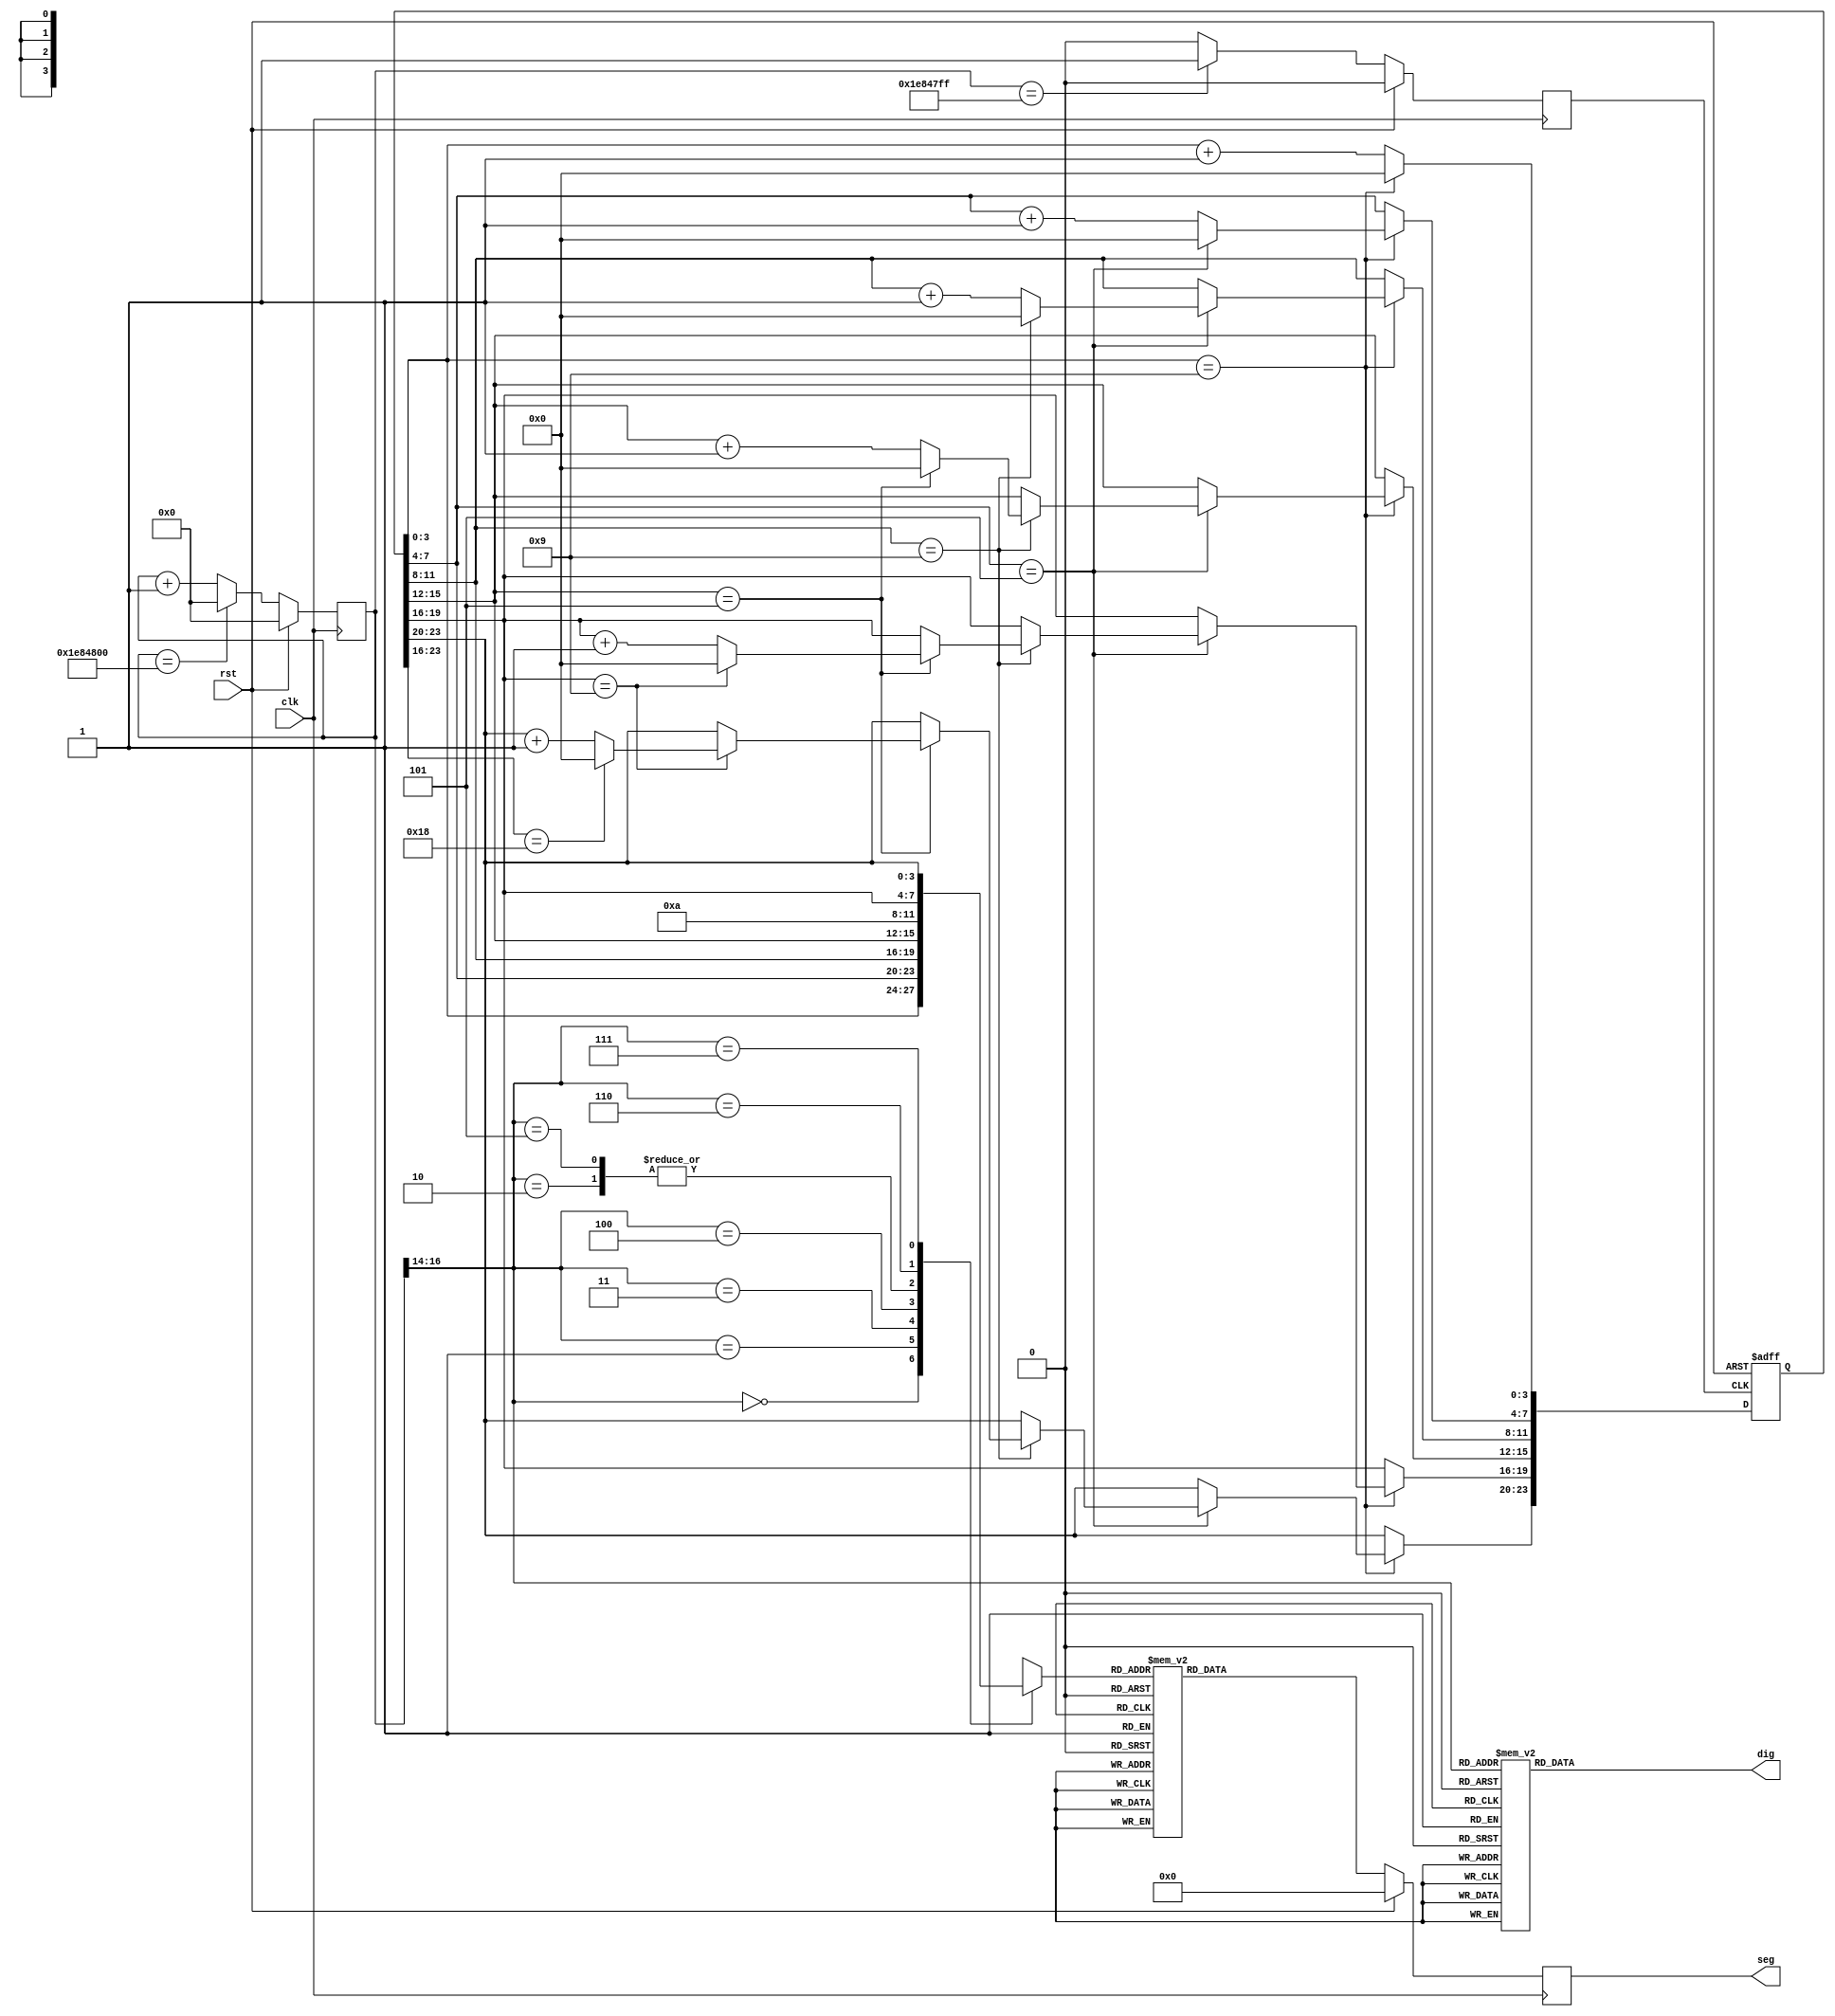
/*
 *  Copyright (C) 2018  Siddharth J <www.siddharth.pro>
 *
 *  Permission to use, copy, modify, and/or distribute this software for any
 *  purpose with or without fee is hereby granted, provided that the above
 *  copyright notice and this permission notice appear in all copies.
 *
 *  THE SOFTWARE IS PROVIDED "AS IS" AND THE AUTHOR DISCLAIMS ALL WARRANTIES
 *  WITH REGARD TO THIS SOFTWARE INCLUDING ALL IMPLIED WARRANTIES OF
 *  MERCHANTABILITY AND FITNESS. IN NO EVENT SHALL THE AUTHOR BE LIABLE FOR
 *  ANY SPECIAL, DIRECT, INDIRECT, OR CONSEQUENTIAL DAMAGES OR ANY DAMAGES
 *  WHATSOEVER RESULTING FROM LOSS OF USE, DATA OR PROFITS, WHETHER IN AN
 *  ACTION OF CONTRACT, NEGLIGENCE OR OTHER TORTIOUS ACTION, ARISING OUT OF
 *  OR IN CONNECTION WITH THE USE OR PERFORMANCE OF THIS SOFTWARE.
 *
 */

module clock(clk,rst,dig,seg);

input clk,rst;
output reg [7:0] dig,seg;

reg [24:0] count;
reg sec_clk;
reg [23:0] time_r;
reg [3:0] seg_r;

always @(posedge clk) begin
if(rst)
count <= 0;
else if(count == 25'd32000000)
count <= 0;
else
count <= count + 1'b1;
end

always @(posedge clk) begin
if(rst)
sec_clk <= 0;
else if(count == 25'd31999999)
sec_clk <= 1'b1;
else
sec_clk <= 0;
end

always @(count[16:14] or time_r) begin
case(count[16:14])
4'd0: seg_r <= time_r[3:0];
4'd1: seg_r <= time_r[7:4];
4'd2: seg_r <= 4'ha;
4'd3: seg_r <= time_r[11:8];
4'd4: seg_r <= time_r[15:12];
4'd5: seg_r <= 4'ha;
4'd6: seg_r <= time_r[19:16];
4'd7: seg_r <= time_r[23:20];
default: seg_r <= 4'hb;
endcase
end


always @(count[16:14]) begin
case(count[16:14])
4'd0: dig <= 8'b11111110;
4'd1: dig <= 8'b11111101;
4'd2: dig <= 8'b11111011;
4'd3: dig <= 8'b11110111;
4'd4: dig <= 8'b11101111;
4'd5: dig <= 8'b11011111;
4'd6: dig <= 8'b10111111;
4'd7: dig <= 8'b01111111;
default: dig <= 8'b11111110; 
endcase
end

always @(posedge clk) begin
if(rst)
seg <= 0;
else begin
case(seg_r)
4'h0:seg <= 8'h3f;		
4'h1:seg <= 8'h06;
4'h2:seg <= 8'h5b;
4'h3:seg <= 8'h4f;
4'h4:seg <= 8'h66;
4'h5:seg <= 8'h6d;
4'h6:seg <= 8'h7d;
4'h7:seg <= 8'h07;
4'h8:seg <= 8'h7f;
4'h9:seg <= 8'h6f;
4'ha:seg <= 8'h80;	
default:seg <= 8'h00;			
endcase
end
end


always @(posedge sec_clk,posedge rst)
begin
if(rst)
time_r <= 0;
else begin
time_r[3:0] <= time_r[3:0] + 1'b1;
if(time_r[3:0] == 4'h9) begin
time_r[3:0] <= 0;
time_r[7:4] <= time_r[7:4] + 1'b1;
if(time_r[7:4] == 4'h5) begin
time_r[7:4] <= 0;
time_r[11:8] <= time_r[11:8] + 1'b1;
if(time_r[11:8] == 4'h9) begin
time_r[11:8] <= 0;
time_r[15:12] <= time_r[15:12] + 1'b1;
if(time_r[15:12] == 4'h5) begin
time_r[15:12] <= 0;
time_r[19:16] <= time_r[19:16] + 1'b1;
if(time_r[19:16] == 4'h9) begin
time_r[19:16] <= 0;
time_r[23:20] <= time_r[23:20] + 1'b1;
if(time_r[23:16] == 8'h18) begin
time_r[23:16] <= 0;
end
end
end
end
end
end
end
end


endmodule